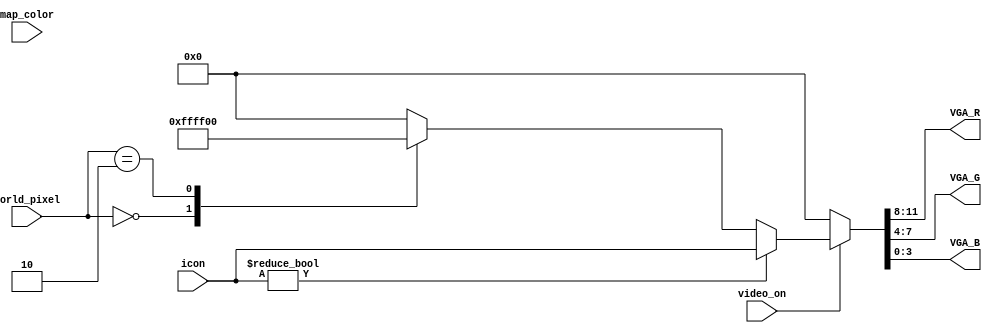
// colorizer.v
// Thong & Deepen
//
// Determine the color for a given pixel position


module colorizer(
    input [11:0]      icon,
    input [11:0]      map_color,
    input [1:0]       world_pixel,
    input             video_on,
    output reg [3:0]  VGA_R,
    output reg [3:0]  VGA_G,
    output reg [3:0]  VGA_B
);

  // DECLARATIONS
  reg [11:0] world_color;
  
  // determine world color based on the world pixel
  always @(*) begin
    case (world_pixel)
      2'b00:    world_color = 12'hFFF;
      2'b01:    world_color = 12'h000;
      2'b10:    world_color = 12'hF00;
      default:  world_color = 12'h000;
    endcase
  end

  // determine between icon color or world color
  always @(*) begin
    if (~video_on) begin
      {VGA_R, VGA_G, VGA_B} = 12'h000;
    end
    else begin
      {VGA_R, VGA_G, VGA_B} = icon ? icon : world_color;
    end
  end

endmodule